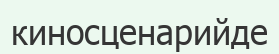
киносценарийде